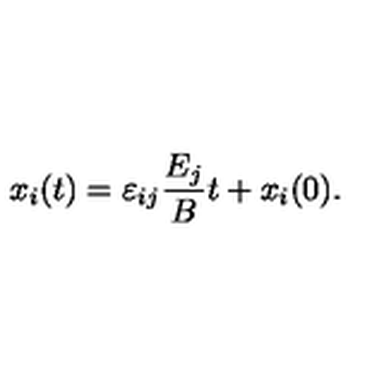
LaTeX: x _ { i } ( t ) = \varepsilon _ { i j } \frac { E _ { j } } { B } t + x _ { i } ( 0 ) .